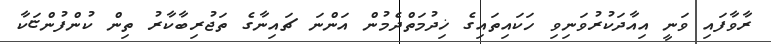
ރާވާފައި ވަނީ އިއާދަކުރުވަނިވި ހަކައިތައިގެ ޚިދުމަތްދެމުން އަންނަ ޗައިނާގެ ތަޖުރިބާކާރު ތިން ކުންފުންޏަކާ